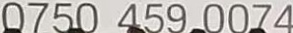
0750 459 0074